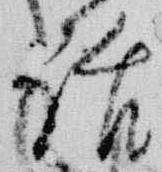
話